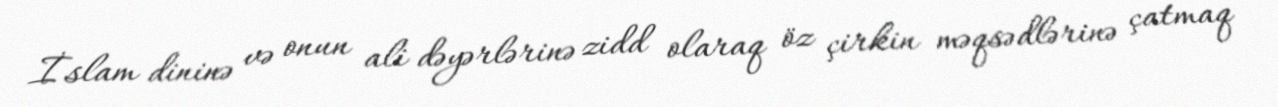
İslam dininə və onun ali dəyərlərinə zidd olaraq öz çirkin məqsədlərinə çatmaq